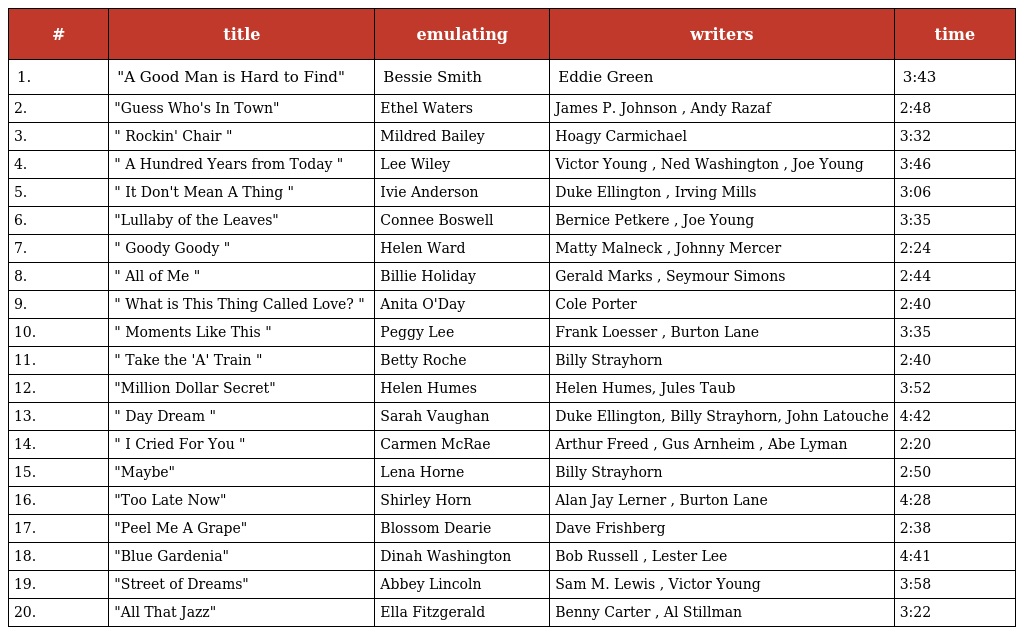
| # | title | emulating | writers | time |
 | --- | --- | --- | --- | --- |
 | 1. | "A Good Man is Hard to Find" | Bessie Smith | Eddie Green | 3:43 |
 | 2. | "Guess Who's In Town" | Ethel Waters | James P. Johnson , Andy Razaf | 2:48 |
 | 3. | " Rockin' Chair " | Mildred Bailey | Hoagy Carmichael | 3:32 |
 | 4. | " A Hundred Years from Today " | Lee Wiley | Victor Young , Ned Washington , Joe Young | 3:46 |
 | 5. | " It Don't Mean A Thing " | Ivie Anderson | Duke Ellington , Irving Mills | 3:06 |
 | 6. | "Lullaby of the Leaves" | Connee Boswell | Bernice Petkere , Joe Young | 3:35 |
 | 7. | " Goody Goody " | Helen Ward | Matty Malneck , Johnny Mercer | 2:24 |
 | 8. | " All of Me " | Billie Holiday | Gerald Marks , Seymour Simons | 2:44 |
 | 9. | " What is This Thing Called Love? " | Anita O'Day | Cole Porter | 2:40 |
 | 10. | " Moments Like This " | Peggy Lee | Frank Loesser , Burton Lane | 3:35 |
 | 11. | " Take the 'A' Train " | Betty Roche | Billy Strayhorn | 2:40 |
 | 12. | "Million Dollar Secret" | Helen Humes | Helen Humes, Jules Taub | 3:52 |
 | 13. | " Day Dream " | Sarah Vaughan | Duke Ellington, Billy Strayhorn, John Latouche | 4:42 |
 | 14. | " I Cried For You " | Carmen McRae | Arthur Freed , Gus Arnheim , Abe Lyman | 2:20 |
 | 15. | "Maybe" | Lena Horne | Billy Strayhorn | 2:50 |
 | 16. | "Too Late Now" | Shirley Horn | Alan Jay Lerner , Burton Lane | 4:28 |
 | 17. | "Peel Me A Grape" | Blossom Dearie | Dave Frishberg | 2:38 |
 | 18. | "Blue Gardenia" | Dinah Washington | Bob Russell , Lester Lee | 4:41 |
 | 19. | "Street of Dreams" | Abbey Lincoln | Sam M. Lewis , Victor Young | 3:58 |
 | 20. | "All That Jazz" | Ella Fitzgerald | Benny Carter , Al Stillman | 3:22 |